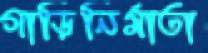
গাড়িনির্মাতা